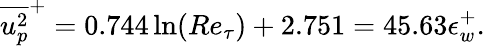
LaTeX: \overline{{u_{p}^{2}}}^{+}=0.744\ln(Re_{\tau})+2.751=45.63\epsilon_{w}^{+}.